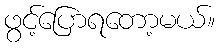
ဖွင့်ပြောရတော့မယ်။